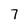
Character: 7